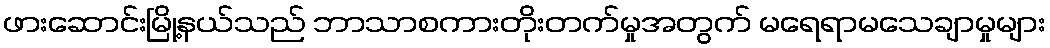
ဖားဆောင်းမြို့နယ်သည် ဘာသာစကားတိုးတက်မှုအတွက် မရေရာမသေချာမှုများ